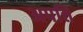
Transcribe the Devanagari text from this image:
अपत्ति